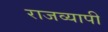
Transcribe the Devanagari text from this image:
राजव्यापी